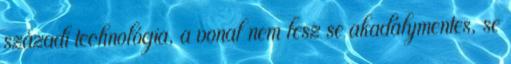
századi technológia, a vonal nem lesz se akadálymentes, se